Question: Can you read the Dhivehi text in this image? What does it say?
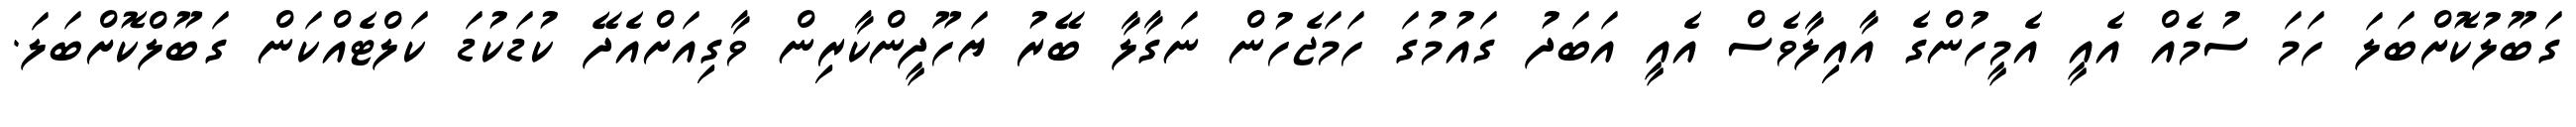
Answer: ގަބޫލުކޮށްބަލަ ހަމަ ސުމެއް އެއީ އެމީހުންގެ އާއިލާވެސް އެއީ އަބަދު ގައުމުގަ ހަމަޖެހުން ނަގާލާ ބޭރު ޔަހޫދީންކާރިން ވާގިއަށްއެދޭ ކުޑަކުޑަ ކަލްޓެއްކަން ގަބޫލްކޮށްބަލަ.